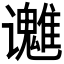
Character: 𬤱